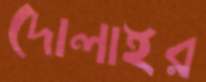
দোলাইর